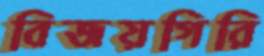
বিজয়গিরি